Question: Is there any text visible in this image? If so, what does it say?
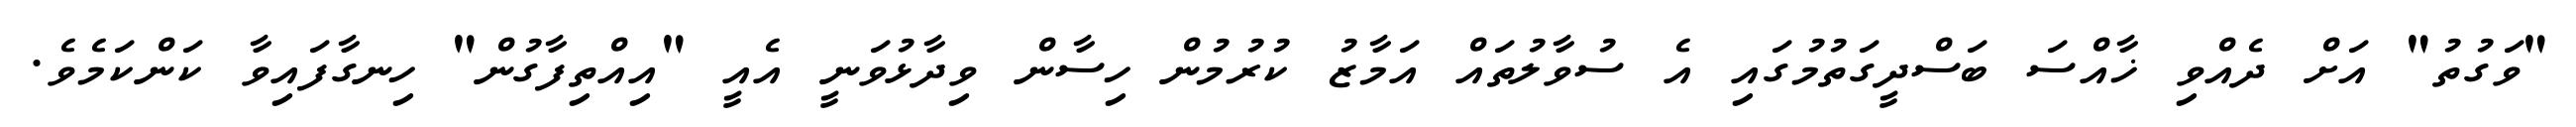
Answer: "ވަގުތު" އަށް ދެއްވި ޚާއްސަ ބަސްދީގަތުމުގައި އެ ސުވާލުތައް އަމާޒު ކުރުމުން ހިސާން ވިދާޅުވަނީ އެއީ "އިއްތިފާގުން" ހިނގާފައިވާ ކަންކަމެވެ.